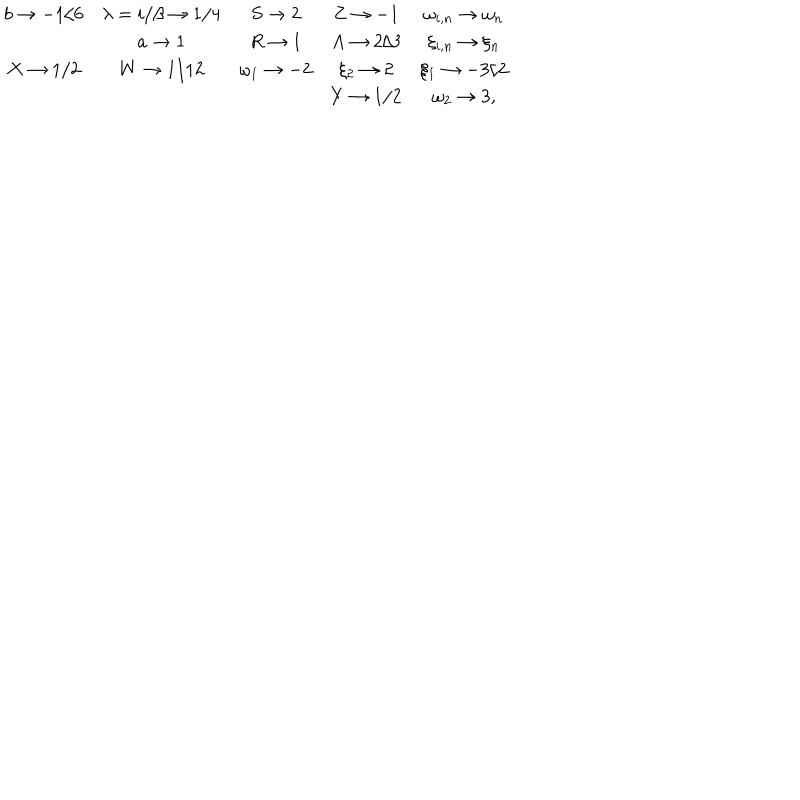
LaTeX: \begin{array} { c c c c c } { { b \rightarrow - 1 / 6 } } & { { \lambda = i / \beta \rightarrow 1 / 4 } } & { { S \rightarrow 2 } } & { { Z \rightarrow - 1 } } & { { \omega _ { i , n } \rightarrow \omega _ { n } } } \\ { { } } & { { a \rightarrow 1 } } & { { R \rightarrow 1 } } & { { A \rightarrow 2 / 3 } } & { { \xi _ { i , n } \rightarrow \xi _ { n } } } \\ { { X \rightarrow 1 / 2 } } & { { W \rightarrow 1 / 1 2 } } & { { \omega _ { 1 } \rightarrow - 2 } } & { { \xi _ { 2 } \rightarrow 2 } } & { { \xi _ { 1 } \rightarrow - 3 / 2 } } \\ { { } } & { { } } & { { } } & { { Y \rightarrow 1 / 2 } } & { { \omega _ { 2 } \rightarrow 3 , } } \\ \end{array}